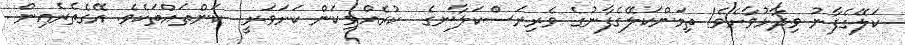
ކަލޭގެފާނު ވިދާޅުވާށެވެ! ތިމަންކަލޭގެފާނުގެ ވެރިރަސްކަލާނގެ  ކުރެއްވިކަން ކަށަވަރީ  ކަންތައްތަކެވެ. އޭގެތެރެއިން